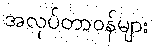
အလုပ်တာဝန်များ